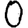
Digit: 0